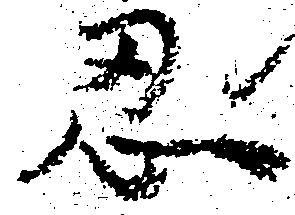
忍